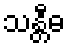
သန္တီဓ